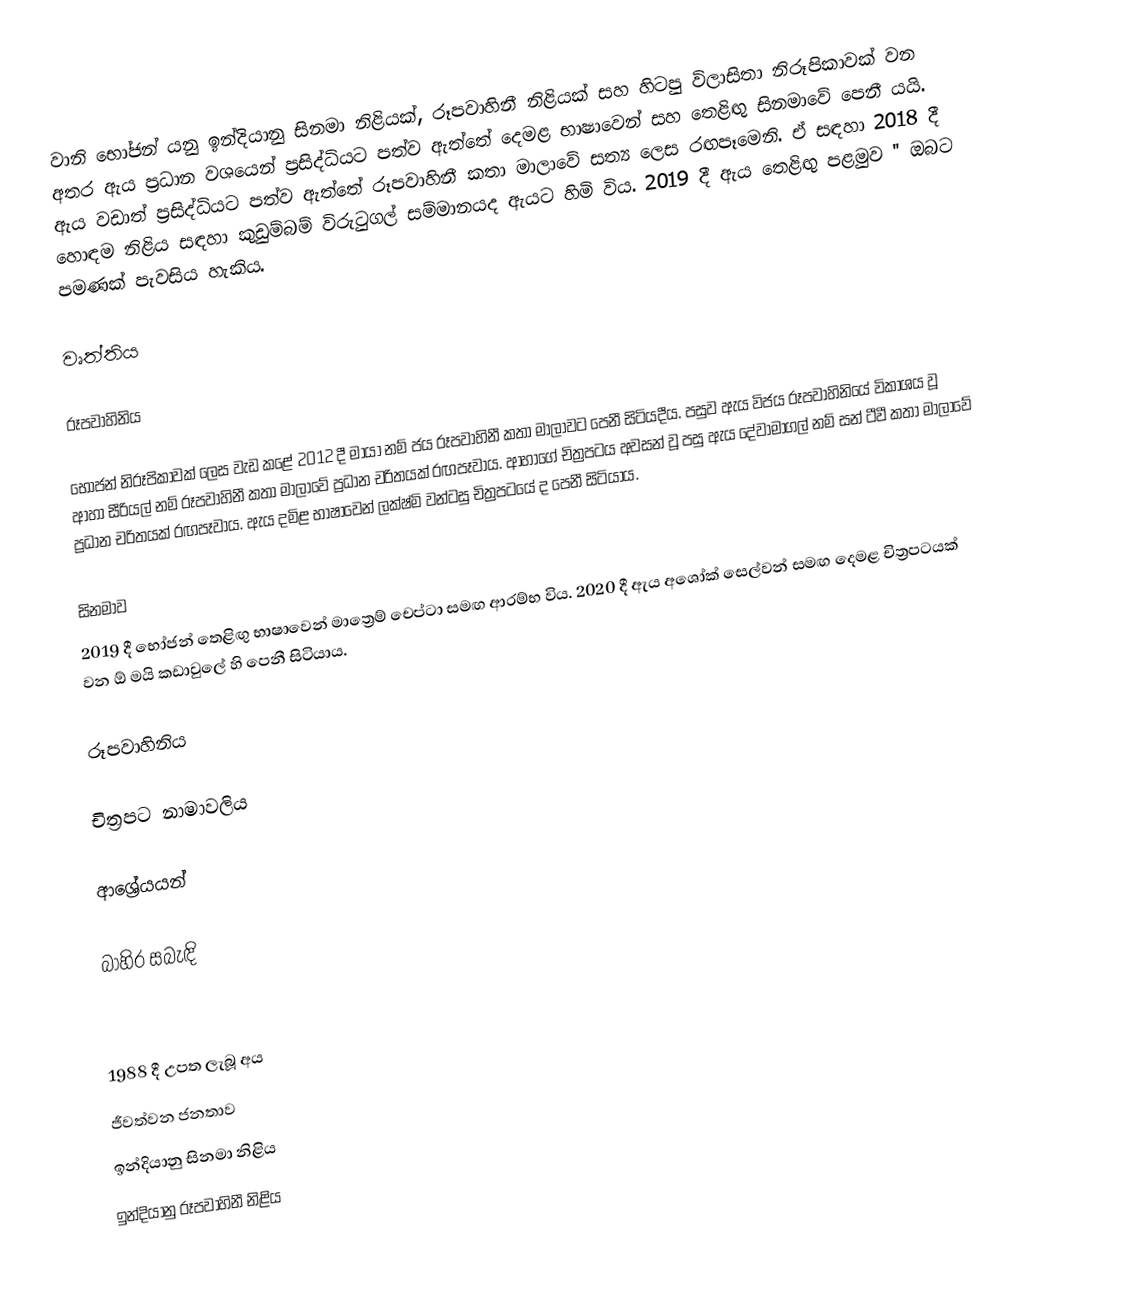
වානි භෝජන්  යනු ඉන්දියානු සිනමා නිළියක්, රූපවාහිනී නිළියක් සහ හිටපු විලාසිතා නිරූපිකාවක් වන අතර ඇය ප්‍රධාන වශයෙන් ප්‍රසිද්ධියට පත්ව ඇත්තේ   දෙමළ භාෂාවෙන් සහ තෙළිඟු සිනමාවේ පෙනී යයි.  ඇය වඩාත් ප්‍රසිද්ධියට පත්ව ඇත්තේ රූපවාහිනී කතා මාලාවේ සත්‍ය ලෙස රඟපෑමෙනි. ඒ සඳහා 2018 දී හොඳම නිළිය සඳහා කුඩුම්බම් විරුටුගල් සම්මානයද ඇයට හිමි විය.  2019 දී ඇය   තෙළිඟු පළමුව '' ඔබට පමණක් පැවසිය හැකිය.

වෘත්තිය

රූපවාහිනිය

භෝජන් නිරූපිකාවක් ලෙස වැඩ කළේ 2012 දී මායා නම් ජය රූපවාහිනී කතා මාලාවට පෙනී සිටියදීය.  පසුව ඇය විජය රූපවාහිනියේ විකාශය වූ ආහා සීරියල් නම් රූපවාහිනී කතා මාලාවේ ප්‍රධාන චරිතයක් රඟපෑවාය.  ආහාගේ චිත්‍රපටය අවසන් වූ පසු ඇය දේවාමාගල් නම් සන් ටීවී කතා මාලාවේ ප්‍රධාන චරිතයක් රඟපෑවාය.  ඇය දමිළ භාෂාවෙන් ලක්ෂ්මි වන්ටසු චිත්‍රපටයේ ද පෙනී සිටියාය.

සිනමාව
2019 දී භෝජන් තෙළිඟු භාෂාවෙන් මාත්‍රෙම් චෙප්ටා සමඟ ආරම්භ විය.  2020 දී ඇය අශෝක් සෙල්වන් සමඟ දෙමළ චිත්‍රපටයක් වන ඕ මයි කඩාවුලේ හි පෙනී සිටියාය.

රූපවාහිනිය

චිත්‍රපට නාමාවලිය

ආශ්‍රේයයන්

බාහිර සබැඳි

 1988 දී උපත ලැබූ අය
 ජීවත්වන ජනතාව
 ඉන්දියානු සිනමා නිළිය
 ඉන්දියානු රූපවාහිනී නිළිය